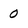
Character: 0